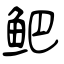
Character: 鲃